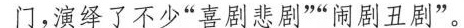
门，演绎了不少”喜剧悲剧””闹剧丑剧”。